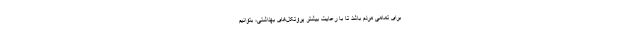
برای تمامی مردم باشد تا با رعایت بیشتر پروتکل‌های بهداشتی، بتوانیم